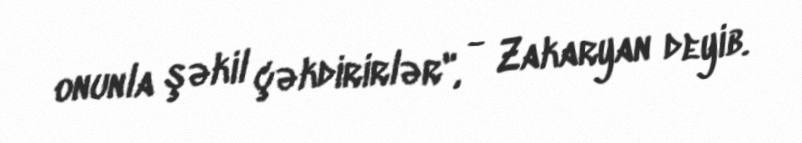
onunla şəkil çəkdirirlər", - Zakaryan deyib.